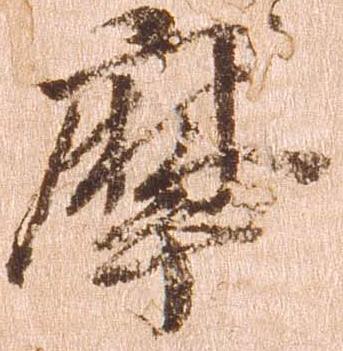
摩